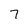
Character: 7